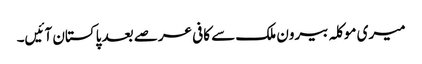
میری موکلہ بیرون ملک سے کافی عرصے بعد پاکستان آئیں۔